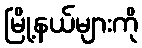
မြို့နယ်များကို